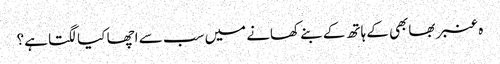
ہ عنبر بھابھی کے ہاتھ کے بنے کھانے میں سب سے اچھا کیا لگتا ہے؟